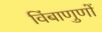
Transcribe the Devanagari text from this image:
विंबाणुणों